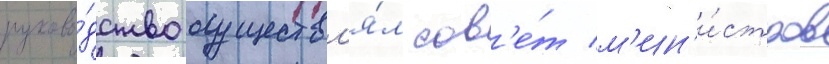
руково́дство осуществл'я́л сов'е́т м'ин'и́стров